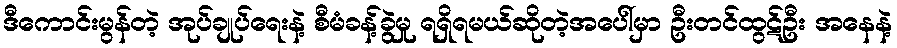
ဒီကောင်းမွန်တဲ့ အုပ်ချုပ်ရေးနဲ့ စီမံခန့်ခွဲမှု ရရှိရမယ်ဆိုတဲ့အပေါ်မှာ ဦးတင်ထွဋ်ဦး အနေနဲ့